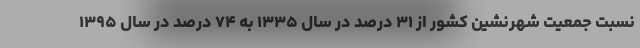
نسبت جمعیت شهرنشین کشور از ۳۱ درصد در سال ۱۳۳۵ به ۷۴ درصد در سال ۱۳۹۵